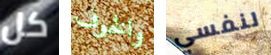
كل والخوف لنفسي